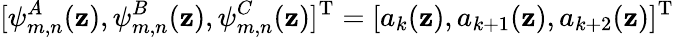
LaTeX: [\psi_{m,n}^{A}(\mathbf{z}),\psi_{m,n}^{B}(\mathbf{z}),\psi_{m,n}^{C}(\mathbf{z})]^{\mathrm{{T}}}=[a_{k}(\mathbf{z}),a_{k+1}(\mathbf{z}),a_{k+2}(\mathbf{z})]^{\mathrm{{T}}}